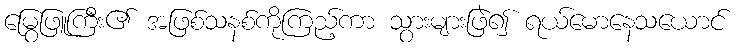
မြွေဖြူကြီး၏ အဖြစ်သနစ်ကိုကြည့်ကာ သွားများဖြဲ၍ ရယ်မောနေသယောင်